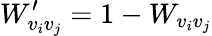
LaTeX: W_{v_{i}v_{j}}^{\prime}=1-W_{v_{i}v_{j}}